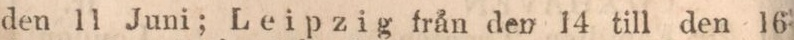
den 11 Juni; Leipzig från den 14 till den 16